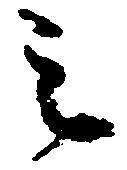
之